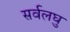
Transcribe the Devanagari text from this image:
सर्वलघु